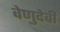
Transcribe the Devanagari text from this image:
वेणुदेवी